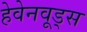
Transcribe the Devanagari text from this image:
हेवेनवूड्स